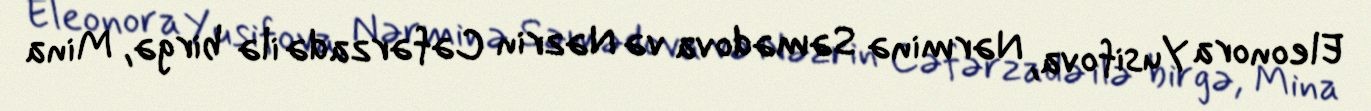
Eleonora Yusifova, Nərminə Səmədova və Nəzrin Cəfərzadə ilə birgə, Mina